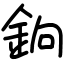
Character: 銄